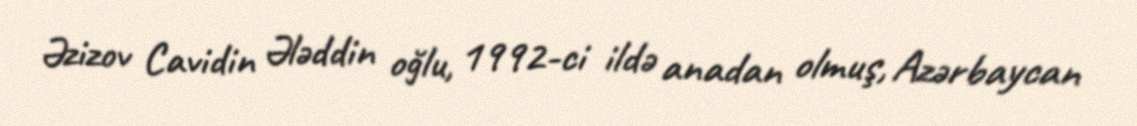
Əzizov Cavidin Ələddin oğlu, 1992-ci ildə anadan olmuş, Azərbaycan